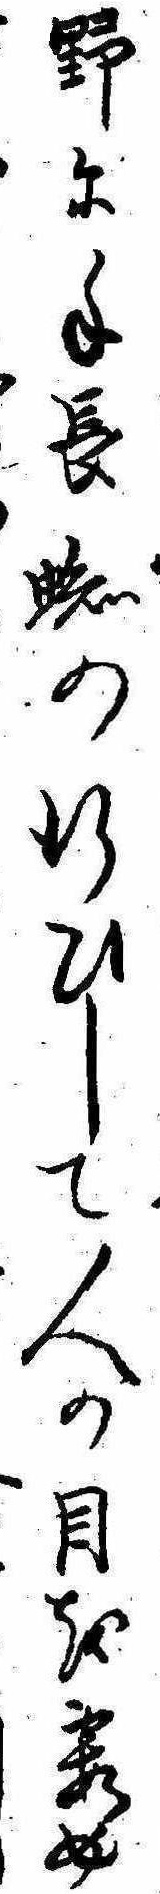
野に手長蜘の行ひして人の目を霞め